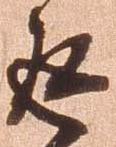
返